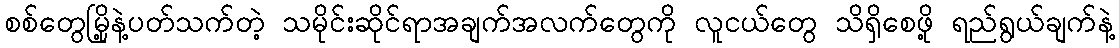
စစ်တွေမြို့နဲ့ပတ်သက်တဲ့ သမိုင်းဆိုင်ရာအချက်အလက်တွေကို လူငယ်တွေ သိရှိစေဖို့ ရည်ရွယ်ချက်နဲ့